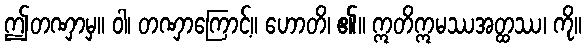
ဤတဏှာမှ။ ဝါ၊ တဏှာကြောင့်။ ဟောတိ၊ ၏။ ဣတိဣမဿအတ္ထဿ၊ ကို။